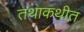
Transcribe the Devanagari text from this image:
तथाकथीत